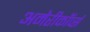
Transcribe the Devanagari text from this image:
अमेरीकॉर्प्स